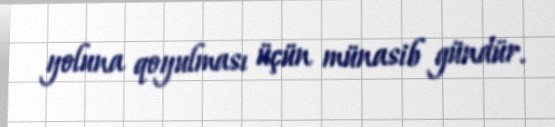
yoluna qoyulması üçün münasib gündür.